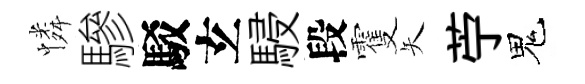
憐驂駁𤣥駸段䨥矢苧鬼